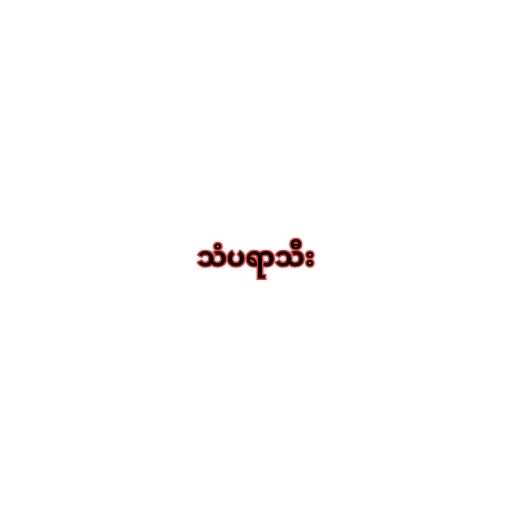
သံပရာသီး